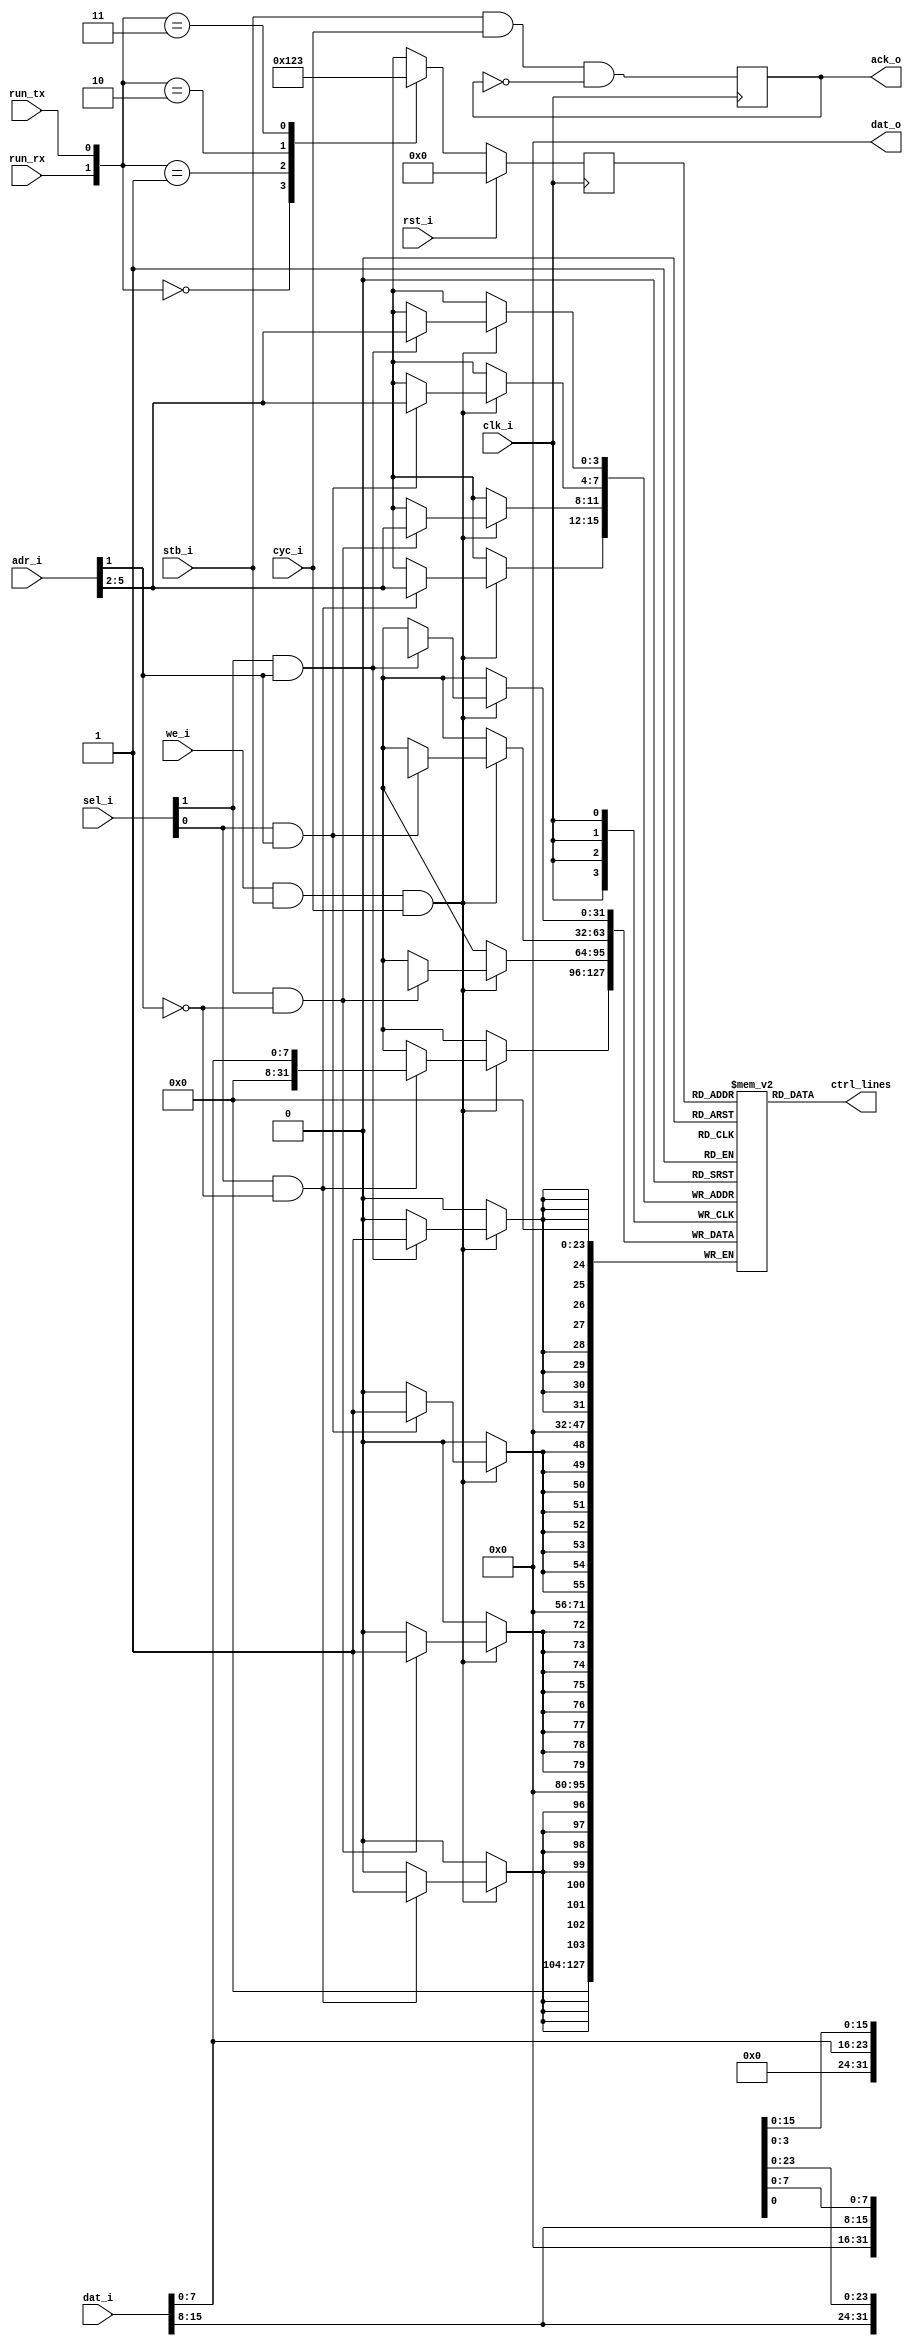
//
// Copyright 2011 Ettus Research LLC
//
// This program is free software: you can redistribute it and/or modify
// it under the terms of the GNU General Public License as published by
// the Free Software Foundation, either version 3 of the License, or
// (at your option) any later version.
//
// This program is distributed in the hope that it will be useful,
// but WITHOUT ANY WARRANTY; without even the implied warranty of
// MERCHANTABILITY or FITNESS FOR A PARTICULAR PURPOSE.  See the
// GNU General Public License for more details.
//
// You should have received a copy of the GNU General Public License
// along with this program.  If not, see <http://www.gnu.org/licenses/>.
//


// Automatic transmit/receive switching of control pins to daughterboards
// Store everything in registers for now, but could use a RAM for more
// complex state machines in the future

module atr_controller16
  (input clk_i, input rst_i,
   input [5:0] adr_i, input [1:0] sel_i, input [15:0] dat_i, output [15:0] dat_o,
   input we_i, input stb_i, input cyc_i, output reg ack_o,
   input run_rx, input run_tx,
   output [31:0] ctrl_lines);
   
   reg [3:0] state;
   reg [31:0] atr_ram [0:15];  // DP distributed RAM

   wire [3:0] sel_int = { (sel_i[1] & adr_i[1]), (sel_i[0] & adr_i[1]),
			  (sel_i[1] & ~adr_i[1]), (sel_i[0] & ~adr_i[1]) };
   
   // WB Interface
   always @(posedge clk_i)
     if(we_i & stb_i & cyc_i)
       begin
	  if(sel_int[3])
	    atr_ram[adr_i[5:2]][31:24] <= dat_i[15:8];
	  if(sel_int[2])
	    atr_ram[adr_i[5:2]][23:16] <= dat_i[7:0];
	  if(sel_int[1])
	    atr_ram[adr_i[5:2]][15:8] <= dat_i[15:8];
	  if(sel_int[0])
	    atr_ram[adr_i[5:2]][7:0] <= dat_i[7:0];
       end // if (we_i & stb_i & cyc_i)

   // Removing readback allows ram to be synthesized as LUTs instead of regs
   //always @(posedge clk_i)
   //  dat_o <= adr_i[1] ? atr_ram[adr_i[5:2]][31:16] : atr_ram[adr_i[5:2]][15:0];
   assign dat_o = 16'd0;
   
   always @(posedge clk_i)
     ack_o <= stb_i & cyc_i & ~ack_o;

   // Control side of DP RAM
   assign     ctrl_lines = atr_ram[state];

   // Put a more complex state machine with time delays and multiple states here
   //  if daughterboard requires more complex sequencing
   localparam ATR_IDLE = 4'd0;
   localparam ATR_TX = 4'd1;
   localparam ATR_RX = 4'd2;
   localparam ATR_FULL_DUPLEX = 4'd3;
   
   always @(posedge clk_i)
     if(rst_i)
       state <= ATR_IDLE;
     else
       case ({run_rx,run_tx})
	 2'b00 : state <= ATR_IDLE;
	 2'b01 : state <= ATR_TX;
	 2'b10 : state <= ATR_RX;
	 2'b11 : state <= ATR_FULL_DUPLEX;
       endcase // case({run_rx,run_tx})
   
endmodule // atr_controller16